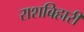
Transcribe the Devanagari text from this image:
राशबिहारी